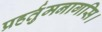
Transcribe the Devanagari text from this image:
प्रहर्तुमनागसि।